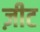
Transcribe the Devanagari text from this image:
ज़ीट